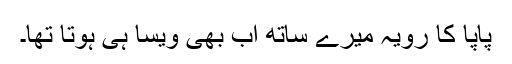
پاپا کا رویہ میرے ساتھ اب بھی ویسا ہی ہوتا تھا۔